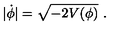
| \dot { \phi } | = \sqrt { - 2 V ( \phi ) } \ .